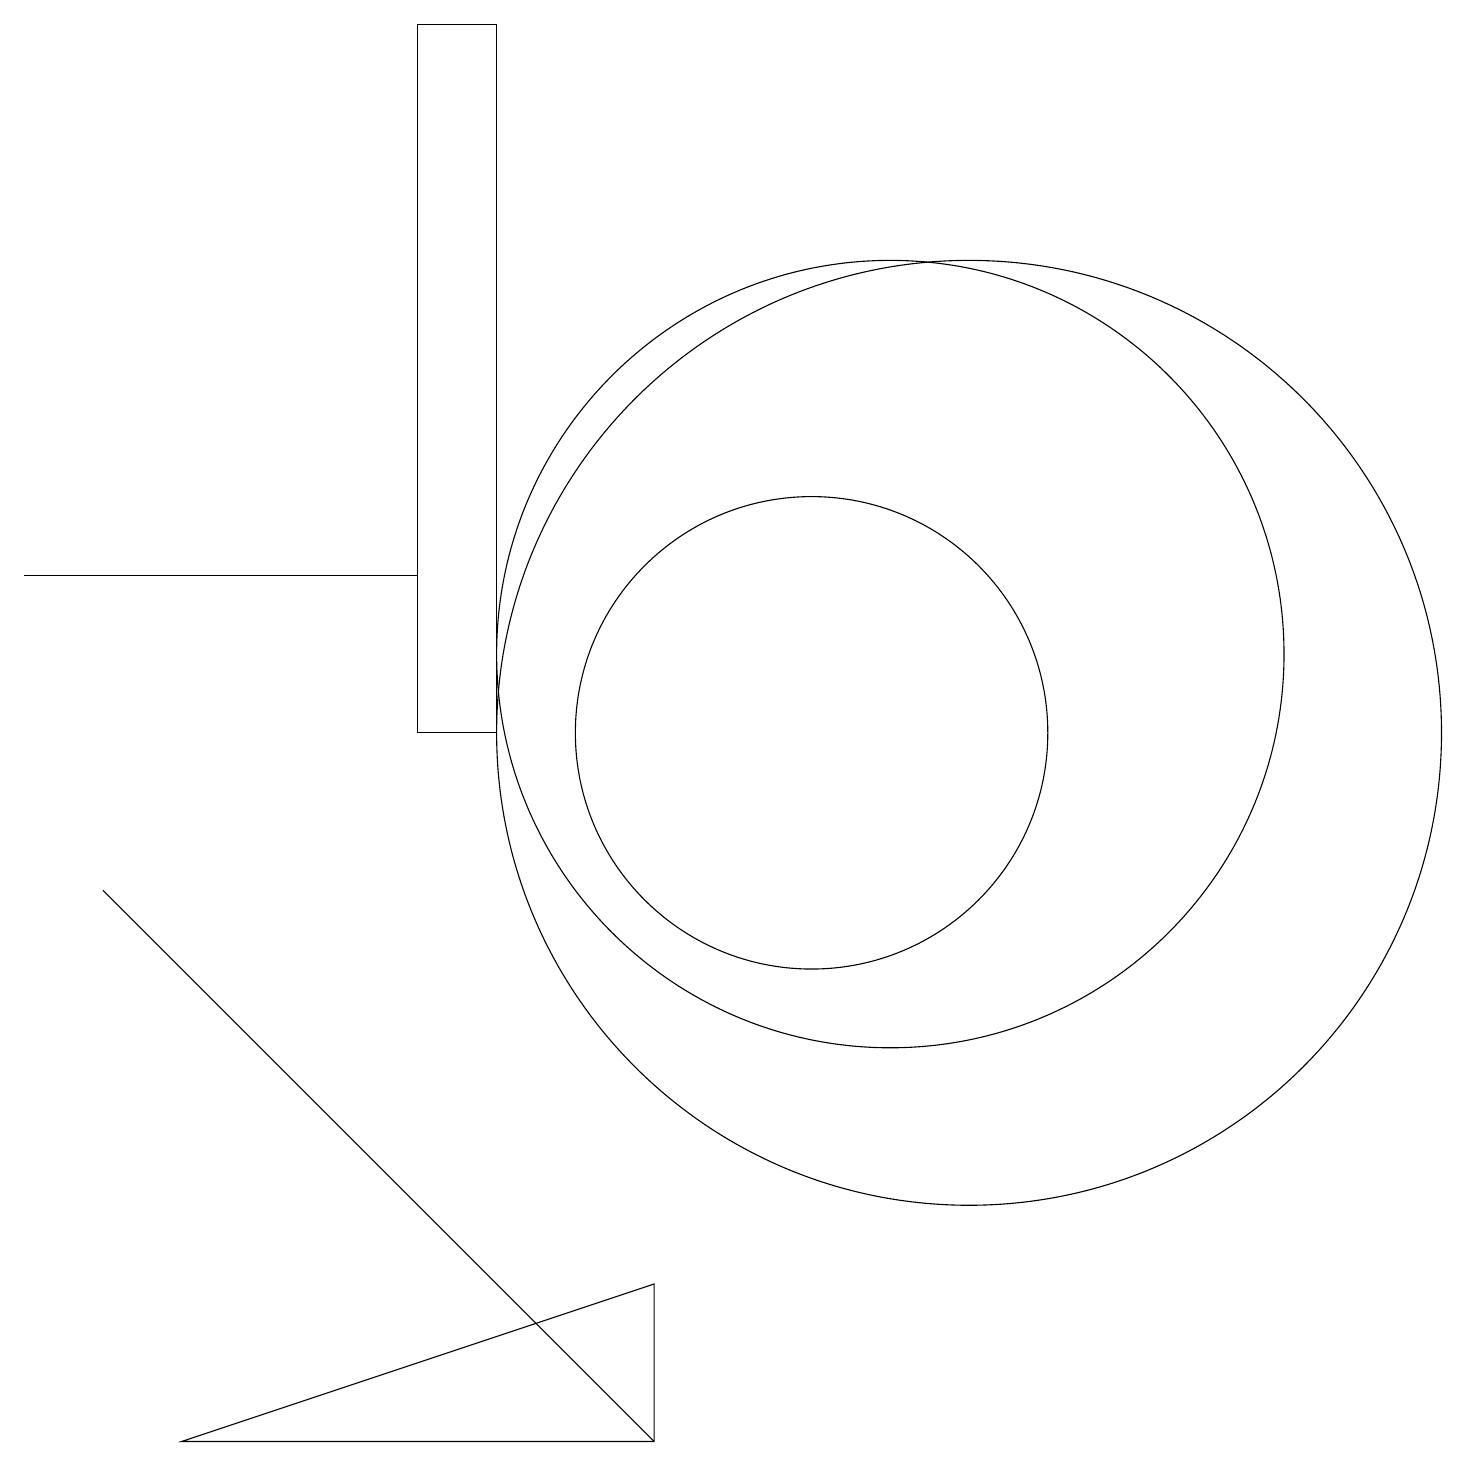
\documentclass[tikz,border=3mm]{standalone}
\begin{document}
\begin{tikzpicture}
\draw (0,12) rectangle (5,12);
\draw (5,10) rectangle (6,19);
\draw (11,11) circle (5);
\draw (10,10) circle (3);
\draw (8,3) -- (2,1) -- (8,1) -- cycle;
\draw (8,1) -- (1,8) -- (6,3) -- cycle;
\draw (12,10) circle (6);
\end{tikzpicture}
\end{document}